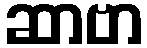
ဆာဗာ